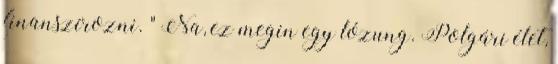
finanszírozni. " Na, ez megin egy lózung. Polgári élet,